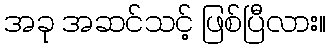
အခု အဆင်သင့် ဖြစ်ပြီလား။